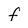
Character: f